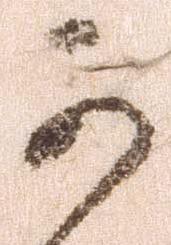
可